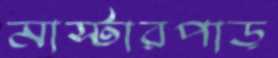
মাস্টারপাড়